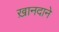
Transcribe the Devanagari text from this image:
ख़ानदाने